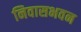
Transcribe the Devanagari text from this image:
निवासभवन